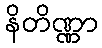
နိတိဏ္ဏာ